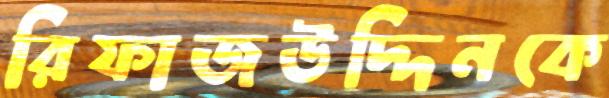
রিফাজউদ্দিনকে